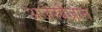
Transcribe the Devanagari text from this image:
अजेरबैजान